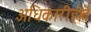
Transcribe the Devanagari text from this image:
अधिकारीहोते